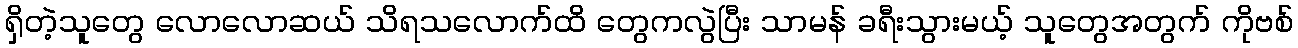
ရှိတဲ့သူတွေ လောလောဆယ် သိရသလောက်ထိ တွေကလွဲပြီး သာမန် ခရီးသွားမယ့် သူတွေအတွက် ကိုဗစ်